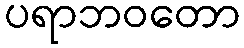
ပရာဘဝတော